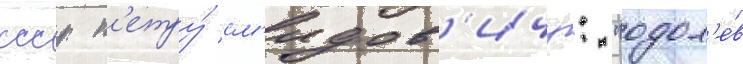
ссср п'етру́ см'идов'ичу: "одол'е́в